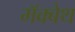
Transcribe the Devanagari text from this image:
मॅक्बेथ